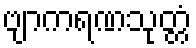
ဗျာကရဏသုတ္တံ